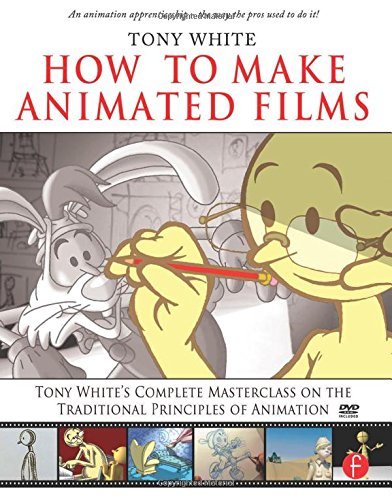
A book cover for How to Make Animated Films: Tony White's Complete Masterclass on the Traditional Principals of Animation; Tony White; Arts & Photography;